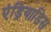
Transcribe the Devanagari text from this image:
एंड्रियाडिस